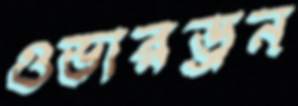
ওভারড্রন